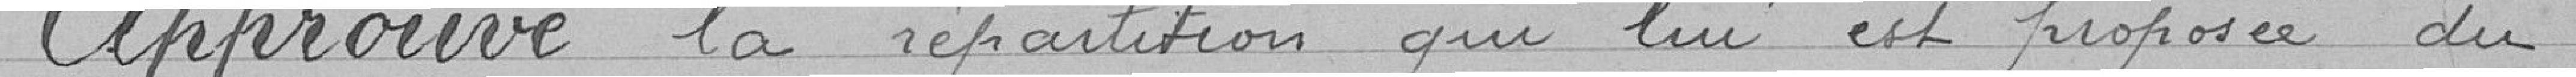
Approuve la répartition qui lui est proposée du